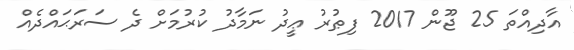
އާދިއްތަ 25 ޖޫން 2017 ފިޠުރު ޢީދު ނަމާދު ކުރުމަށް ދެ ސަރަޙައްދެއް